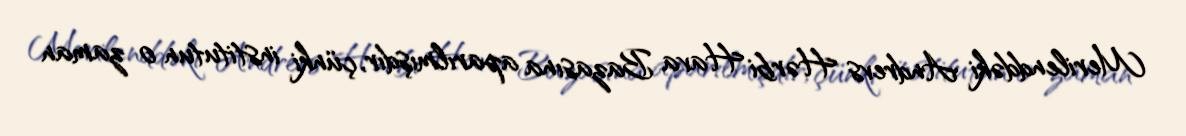
Merilenddəki Andrevs Hərbi Hava Bazasına aparılmışdır, çünki institutun o zaman